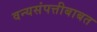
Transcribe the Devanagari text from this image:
वन्यसंपत्तीबाबत